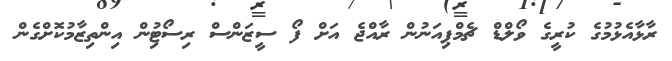
ރާޅާއެޅުމުގެ ކުރީގެ ވޯލްޑް ޗެމްޕިއަނުން ރާއްޖެ އަށް ފޯ ސީޒަންސް ރިސޯޓުިން އިންތިޒާމުކޮށްގެން